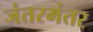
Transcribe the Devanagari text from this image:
जंतरमंतर